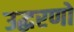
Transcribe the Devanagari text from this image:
उद्धरणो